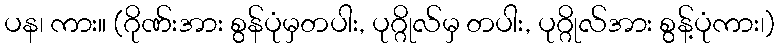
ပန၊ ကား။ (ဂိုဏ်းအား စွန်ပုံမှတပါး, ပုဂ္ဂိုလ်မှ တပါး, ပုဂ္ဂိုလ်အား စွန့်ပုံကား၊)